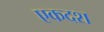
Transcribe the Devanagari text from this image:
एकदश